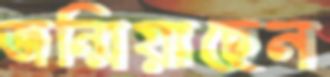
জন্মিয়াছেন